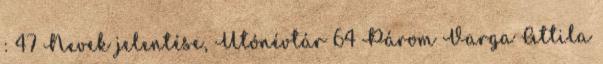
: 47 Nevek jelentése, Utónévtár 64 Párom Varga Attila